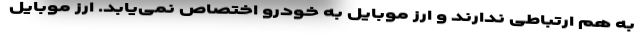
به هم ارتباطی ندارند و ارز موبایل به خودرو اختصاص نمی‌یابد. ارز موبایل